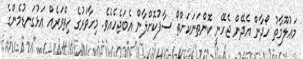
މަޢުލޫމާތު ހޯދާން އެދޭން ޖެހޭނީ ކޮންތަނަކަށްތޯ ސާފުކޮށްލާން އެބަޖެހެއެވެ. މިހާވަރުގެ ހިތްވަރެއް އަޅުގަނޑުމެންގެ